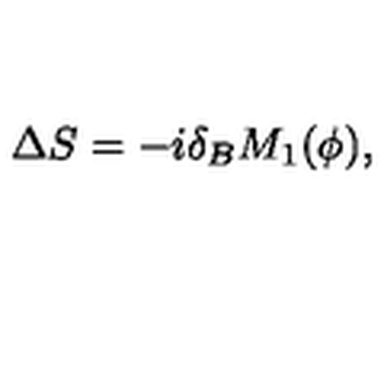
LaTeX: \Delta S = - i \delta _ { B } M _ { 1 } ( \phi ) ,